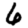
Digit: 6